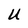
Character: U